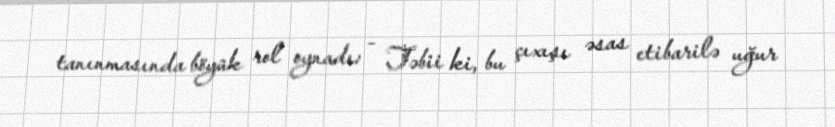
tanınmasında böyük rol oynadı: - Təbii ki, bu çıxışı əsas etibarilə uğur